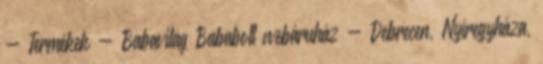
- Termékek - Babavilág Bababolt webáruház - Debrecen, Nyíregyháza,